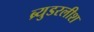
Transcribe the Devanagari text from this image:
ब्र्युडरलीश